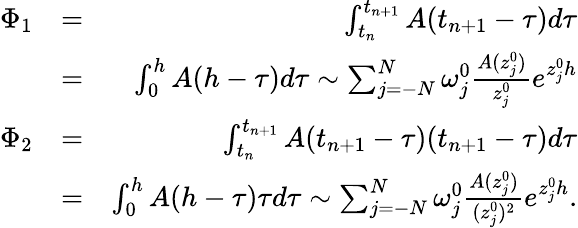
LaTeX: \begin{array}{rlr}{\Phi_{1}}&{=}&{\int_{t_{n}}^{t_{n+1}}A(t_{n+1}-\tau)d\tau}\\ &{=}&{\int_{0}^{h}A(h-\tau)d\tau\sim\sum_{j=-N}^{N}\omega_{j}^{0}\frac{A(z_{j}^{0})}{z_{j}^{0}}e^{z_{j}^{0}h}}\\ {\Phi_{2}}&{=}&{\int_{t_{n}}^{t_{n+1}}A(t_{n+1}-\tau)(t_{n+1}-\tau)d\tau}\\ &{=}&{\int_{0}^{h}A(h-\tau)\tau d\tau\sim\sum_{j=-N}^{N}\omega_{j}^{0}\frac{A(z_{j}^{0})}{(z_{j}^{0})^{2}}e^{z_{j}^{0}h}.}\end{array}